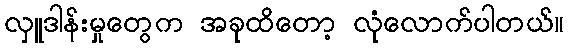
လှူဒါန်းမှုတွေက အခုထိတော့ လုံလောက်ပါတယ်။